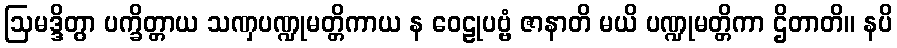
ဩမဒ္ဒိတွာ ပက္ခိတ္တာယ သဏှပဏ္ဍုမတ္တိကာယ န ဝေဠုပဗ္ဗံ ဇာနာတိ မယိ ပဏ္ဍုမတ္တိကာ ဌိတာတိ။ နပိ